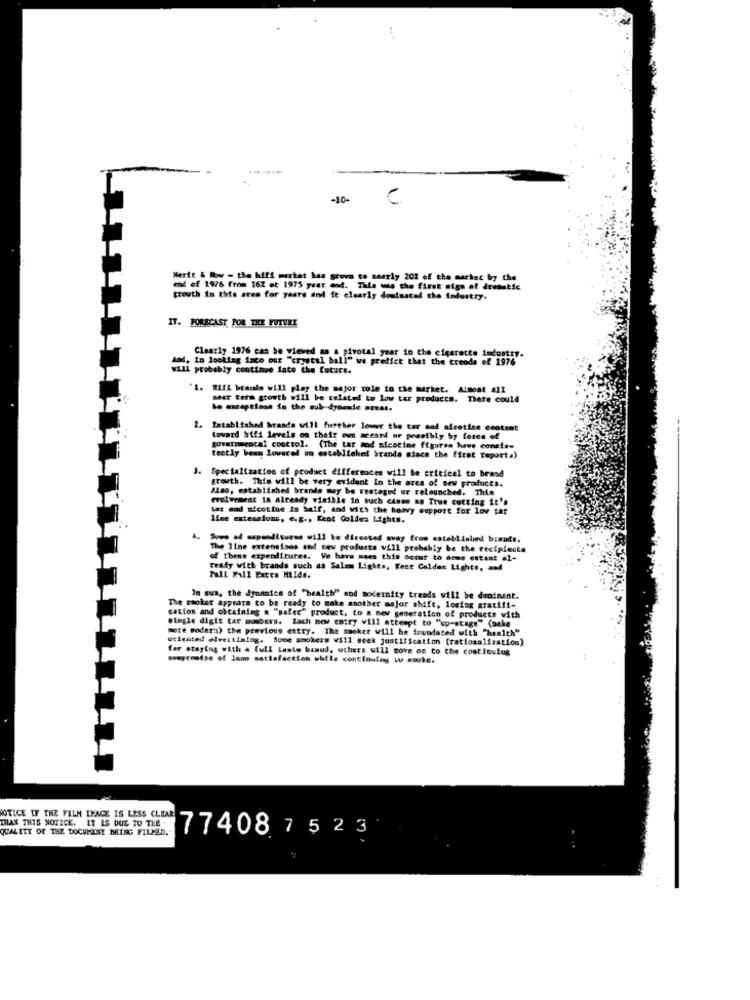
C
Merie & low - the hiff market has grova to nearly 201 of the market by the
end of 1976 from 16X et 1975 year end. This was the first sign of dramatic
trowth in this area for years and it clearly dominated the industry.
IT. FORECAST FOR THE FUTURE
M. in looking isco our "crystal ball" we predict that the creods of 1976
Claazly 1976 can be viewed as a pivotal year in the cigarette industry.
will probably continue isto the future.
'1. WIff brands will play the major wole in the market. Almost 411
near term growth will be related to low tar products. There could
La exceptions in the sub-dyonude areas.
2. Established brands will further lower the ter and afestine content
toward hifi levels on their own aceand or possibly by force of
governmental control. (The tar and nicotine figuren have conats-
testly been lovered on established brands since the first Taport.)
Specialization of product differences will be critical to brand
growth. This will be very evident In the area of new products.
Also, established brande may be resteged or relaunched. This
evolvement is already visible in such cases as True cotting it's
tar and nicotine in half, and with the bowvy support for lov tat
line extensions, e.g ., Kent Goldes Lights.
Sowe ad expenditures will be directed away from coteblislied bomods.
The line extensions and sew products vill probably be the recipienta
of these expenditures. We have maes this occur to some extent
ready with brands such as Salem Lights, Fest Celdas Lights, and
Pall Mall Extra Hilde.
Im sua, the dynamics of "health" and modernity treads will be dominant.
The smoker appears to be ready to make another major shift, lostog gratifi-
cation and obtaining = "safer" product, to a new generation of products with
more modera) the previous entry. The sacker will be inundated with "health"
single digit tar numbers. Lach new entry will attempt to "up-stage" (anke
oriented elveitiming. Some smokers will seek justification (rationalization)
for staying with a full taste beaud, others will move os to the continuing
seepromise of 10no satisfaction while conttoutmy wu ssoke.
OTLCE LY THE FILM IMAGE IS LESS CLEAR
MAX THIS NOTICE. IT IS DUE TO THE
QUALITY OF THE DOCUMENT BEING FILLED.
77408 7523